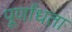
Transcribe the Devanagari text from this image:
पूर्णांधता